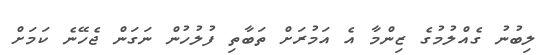
ލިބުނު ގެއްލުމުގެ ޒިންމާ އެ އަމުރަށް ތަބާތި ފުލުހުން ނަގަން ޖެހޭނެ ކަމަށް